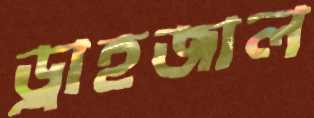
ড্রাহজাল